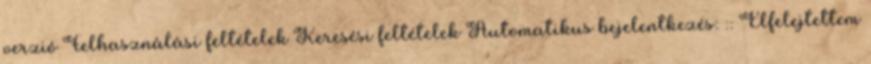
verzió Felhasználási feltételek Keresési feltételek Automatikus bejelentkezés: :: Elfelejtettem